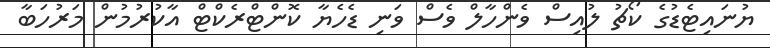
ޔުނައިޓެޑުގެ ކޯޗު ލުއިސް ވެންހާލް ވެސް ވަނި ޑެހެޔާ ކޮންޓްރެކްޓް އާކުރުމުން މަރުހަބާ